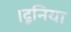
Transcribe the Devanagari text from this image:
।दूनिया